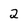
Character: 2